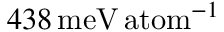
4 3 8 \, \mathrm { m e V \, a t o m } ^ { - 1 }